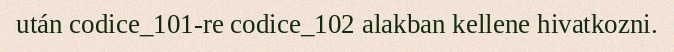
után codice_101-re codice_102 alakban kellene hivatkozni.